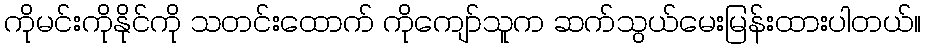
ကိုမင်းကိုနိုင်ကို သတင်းထောက် ကိုကျော်သူက ဆက်သွယ်မေးမြန်းထားပါတယ်။